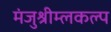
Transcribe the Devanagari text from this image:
मंजुश्रीम्लकल्प